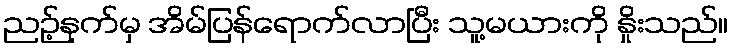
ညဉ့်နက်မှ အိမ်ပြန်ရောက်လာပြီး သူ့မယားကို နှိုးသည်။